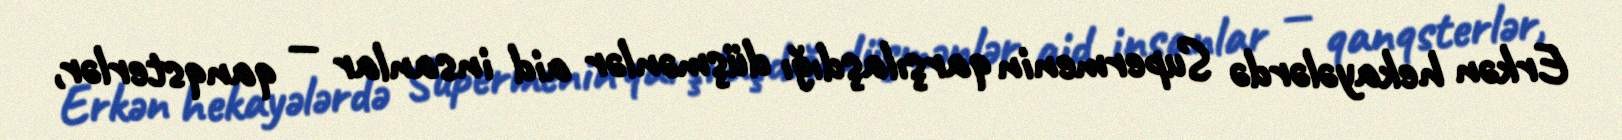
Erkən hekayələrdə Supermenin qarşılaşdığı düşmənlər aid insanlar — qanqsterlər,